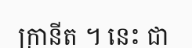
ក្រានីត ។ នេះ ជា